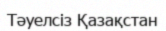
Тәуелсіз Қазақстан